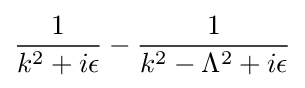
{\frac {1}{k^{2}+i\epsilon }}-{\frac {1}{k^{2}-\Lambda ^{2}+i\epsilon }}